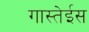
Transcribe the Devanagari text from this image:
गास्तेईस